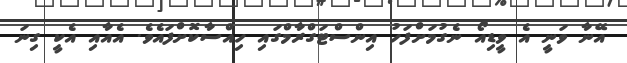
އޭނާ ވަނީ އެ ވީޑިއޯ ނެގުމަށްފަހު އިންސްޓަގްރާމްގައި ހިއްސާކޮށްފައެވެ. އެއާއި އެކީ ގިނަ